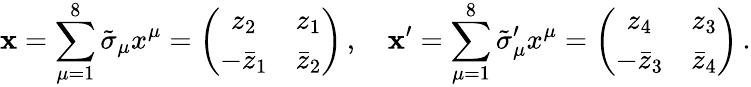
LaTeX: \mathbf{x}=\sum_{\mu=1}^{8}\tilde{\sigma}_{\mu}x^{\mu}=\left(\begin{array}{cc}{{z_{2}}}&{{z_{1}}}\\ {{-\bar{z}_{1}}}&{{\bar{z}_{2}}}\end{array}\right)\, ,\quad\mathbf{x}^{\prime}=\sum_{\mu=1}^{8}\tilde{\sigma}_{\mu}^{\prime}x^{\mu}=\left(\begin{array}{cc}{{z_{4}}}&{{z_{3}}}\\ {{-\bar{z}_{3}}}&{{\bar{z}_{4}}}\end{array}\right)\, .